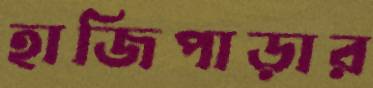
হাজিপাড়ার